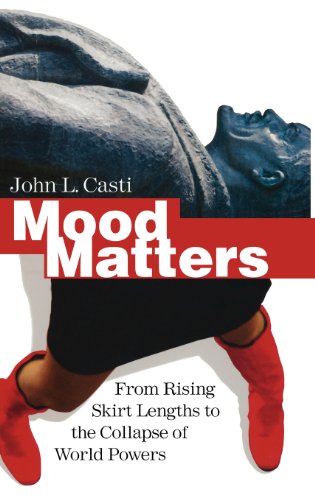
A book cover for Mood Matters: From Rising Skirt Lengths to the Collapse of World Powers; John L Casti; Medical Books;